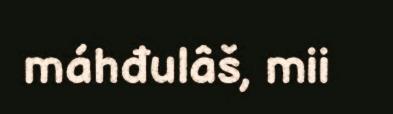
máhđulâš, mii